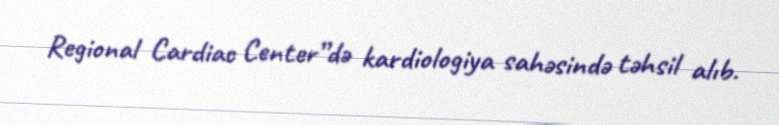
Regional Cardiac Center”də kardiologiya sahəsində təhsil alıb.